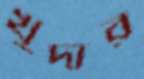
খুদার